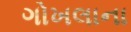
ગોખલાના